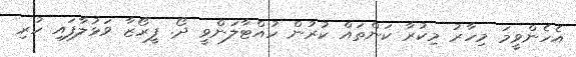
އެހެންވީމަ މިހާރު މިކުރާ ކަންތައް ކުރުން ހުއްޓާލަންވީ ދޯ. ފީރޯޒާ ވަޅުލާފައި ހުރި